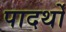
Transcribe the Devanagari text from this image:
पादर्थों